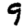
Digit: 9